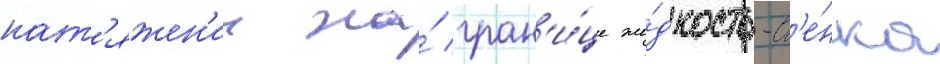
нат'яжен'ии на́ гран'и́це жи́дкость-ст'е́нка